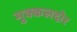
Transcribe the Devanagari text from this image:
मुक्कलदोर